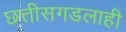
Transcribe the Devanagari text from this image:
छत्तीसगडलाही